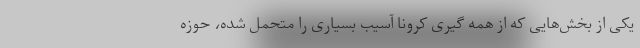
یکی از بخش‌هایی که از همه گیری کرونا آسیب بسیاری را متحمل شده، حوزه